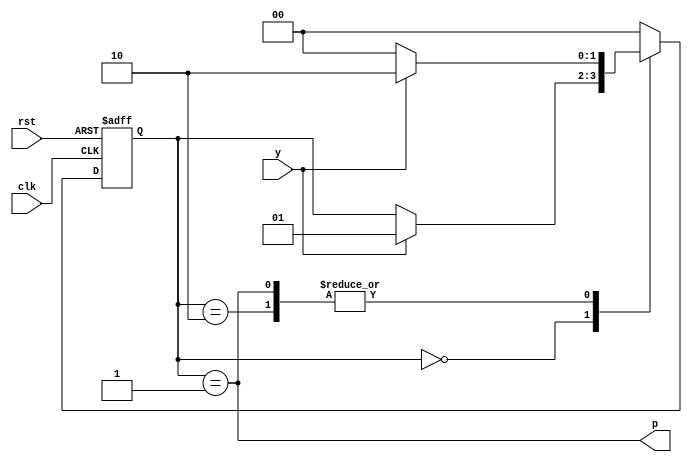
`timescale 1ns / 1ps

module EDG(
    input clk,rst,y,
    output p 
);
    reg [1:0] state,next_state;
    parameter S0=0,S1=1,S2=2; 
    //output logic
    assign p=(state==S1);
    
    //state logic
    always@(posedge clk, posedge rst) begin
        if(rst) state<=S0;
        else state<= next_state;
    end
    
    //next state logic
    always@(*) begin
        next_state=state;
        case(state)
            S0:if(y) next_state=S1;
            S1:begin
                if(y) next_state=S2;
                else next_state=S0;
               end
            S2:begin
                if(y) next_state=S2;
                else next_state=S0; 
               end
            default:next_state=S0;
        endcase
    end
endmodule